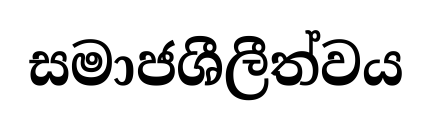
සමාජශීලීත්වය